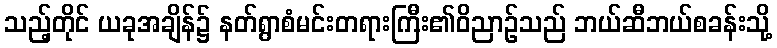
သည့်တိုင် ယခုအချိန်၌ နတ်ရွာစံမင်းတရားကြီး၏ဝိညာဉ်သည် ဘယ်ဆီဘယ်စခန်းသို့